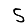
Digit: 5